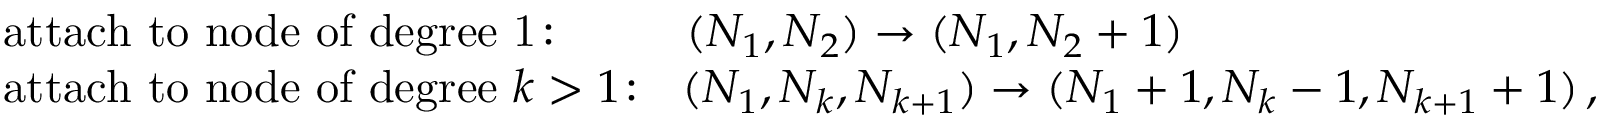
\begin{array} { r l } & { \mathrm { a t t a c h \ t o \ n o d e \ o f \ d e g r e e \ 1 \! : } ~ ~ ~ ~ ~ ~ ~ ~ \, ( N _ { 1 } , N _ { 2 } ) \to ( N _ { 1 } , N _ { 2 } + 1 ) } \\ & { \mathrm { a t t a c h \ t o \ n o d e \ o f \ d e g r e e \ } k > 1 \! : ~ ~ ( N _ { 1 } , N _ { k } , N _ { k + 1 } ) \to ( N _ { 1 } + 1 , N _ { k } - 1 , N _ { k + 1 } + 1 ) \, , } \end{array}